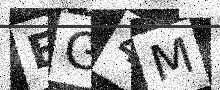
Text: EG4M